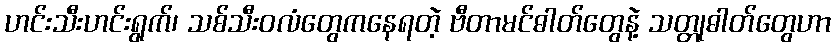
ဟင်းသီးဟင်းရွက်၊ သစ်သီးဝလံတွေကနေရတဲ့ ဗီတာမင်ဓါတ်တွေနဲ့ သတ္တုဓါတ်တွေဟာ